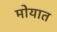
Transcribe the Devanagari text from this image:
मोयात